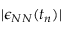
| \epsilon _ { N N } ( t _ { n } ) |